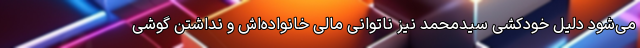
می‌شود دلیل خودکشی سیدمحمد نیز ناتوانی مالی خانواده‌اش و نداشتن گوشی